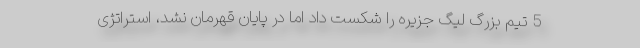
5 تیم بزرگ لیگ جزیره را شکست داد اما در پایان قهرمان نشد، استراتژی